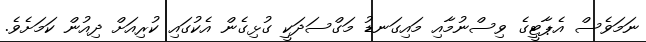
ނަމަވެސް އެޕާޓީގެ ވިސްނުމާއި މައިގަނޑު މަގްސަދަކީ ގުޅިގެން އެކުގައި ކުރިއަށް ދިއުން ކަމަށެވެ.